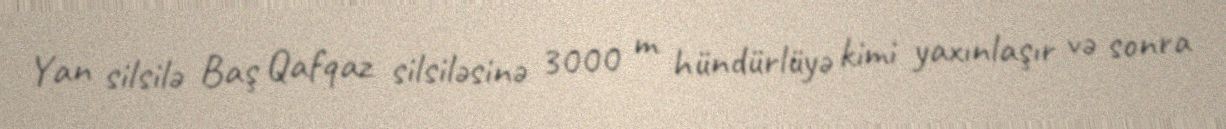
Yan silsilə Baş Qafqaz silsiləsinə 3000 m hündürlüyə kimi yaxınlaşır və sonra